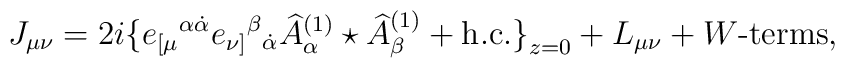
J_{\mu\nu} =  2i\big\{e_{[\mu}{}^{\alpha\dot\alpha} e_{\nu]}{}^\beta{}_{\dot\alpha} \widehat A^{(1)}_\alpha\star \widehat A^{(1)}_\beta +  \mbox{h.c.} \big\}_{z=0}+ L_{\mu\nu}  +\mbox{$W$-terms},